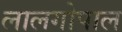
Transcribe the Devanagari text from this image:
लालगोपाल